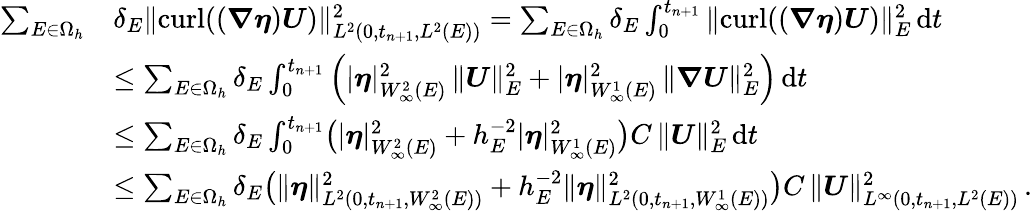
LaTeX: \begin{array}{rl}{\sum_{E\in\Omega_{h}}}&{\delta_{E}\| {\mathrm{curl}}((\boldsymbol{\nabla}\boldsymbol{\eta})\boldsymbol{U})\| _{L^{2}(0,t_{n+1},L^{2}(E))}^{2}=\sum_{E\in\Omega_{h}}\delta_{E}\int_{0}^{t_{n+1}}\| {\mathrm{curl}}((\boldsymbol{\nabla}\boldsymbol{\eta})\boldsymbol{U})\| _{E}^{2}\, \mathrm{d}t}\\ &{\leq\sum_{E\in\Omega_{h}}\delta_{E}\int_{0}^{t_{n+1}}\left(|\boldsymbol{\eta}|_{W_{\infty}^{2}(E)}^{2}\, \| \boldsymbol{U}\| _{E}^{2}+|\boldsymbol{\eta}|_{W_{\infty}^{1}(E)}^{2}\, \| \boldsymbol{\nabla}\boldsymbol{U}\| _{E}^{2}\right)\, \mathrm{d}t}\\ &{\leq\sum_{E\in\Omega_{h}}\delta_{E}\int_{0}^{t_{n+1}}\bigl(|\boldsymbol{\eta}|_{W_{\infty}^{2}(E)}^{2}+h_{E}^{-2}|\boldsymbol{\eta}|_{W_{\infty}^{1}(E)}^{2}\bigr)C\, \| \boldsymbol{U}\| _{E}^{2}\, \mathrm{d}t}\\ &{\leq\sum_{E\in\Omega_{h}}\delta_{E}\bigl(\| \boldsymbol{\eta}\| _{L^{2}(0,t_{n+1},W_{\infty}^{2}(E))}^{2}+h_{E}^{-2}\| \boldsymbol{\eta}\| _{L^{2}(0,t_{n+1},W_{\infty}^{1}(E))}^{2}\bigr)C\, \| \boldsymbol{U}\| _{L^{\infty}(0,t_{n+1},L^{2}(E))}^{2}\, .}\end{array}